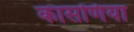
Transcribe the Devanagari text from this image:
कासणिया